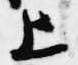
上